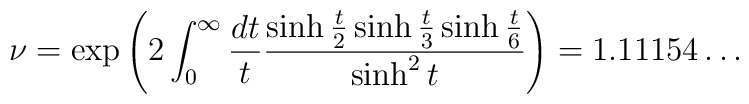
\nu =\exp \left( 2\int_{0}^{\infty }\frac{dt}{t}\frac{\sinh \frac{t}{2}\sinh \frac{t}{3}\sinh \frac{t}{6}}{\sinh ^{2}t}\right) =1.11154\ldots